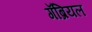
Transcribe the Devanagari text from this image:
गॅब्रियल